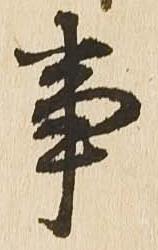
事